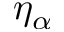
\eta _ { \alpha }